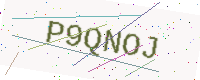
Text: P9QNOJ